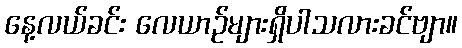
နေ့လယ်ခင်း လေယာဉ်များရှိပါသလားခင်ဗျာ။